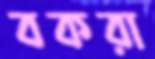
বকরা